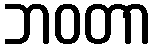
ဘဝတာ